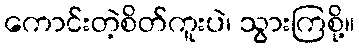
ကောင်းတဲ့စိတ်ကူးပဲ၊ သွားကြစို့။